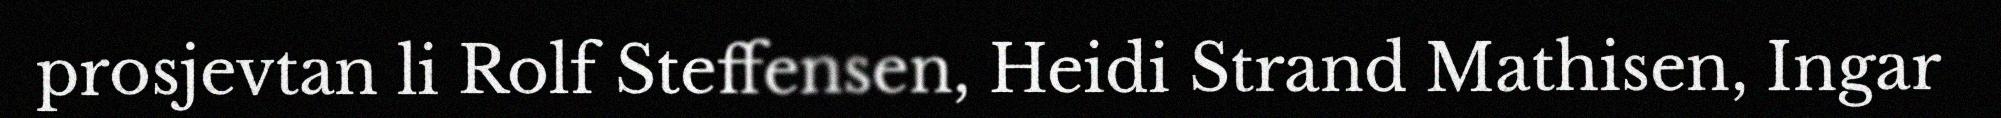
prosjevtan li Rolf Steffensen, Heidi Strand Mathisen, Ingar